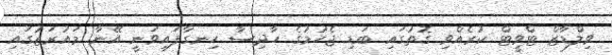
ވިލްޑާޒް ޓްވީޓް ކުރެއްވި ގޮތުގައި ބަޑި ޖެހުމުގެ ހާދިސާ ހިނގާފައިވަނީ އޭނާ މައުރަޒުގައި